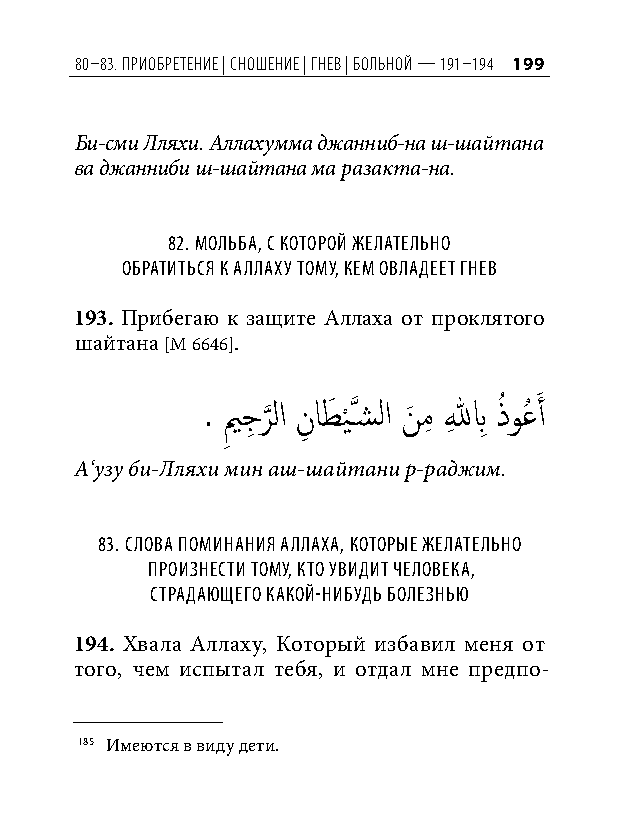
80–83. Приобретение | сношение | гнев | больной — 191–194 199
 Би-сми Лляхи. Аллахумма джанниб-на ш-шайтана
 ва джанниби ш-шайтана ма разакта-на.
 82. мольба, С которой желательно
 обратитьСя к аллаху тому, кем овладеет гнев
 193. Прибегаю к защите Аллаха от проклятого
 шайтана [М 6646].185
 . يم
 ِ
 جِ ر
 َّذ
 لا نِ اطَ ي
 ْ
 َّذسشلا نَ مِ للهِ بِ ذُ وعُ َ أ
 А‘узу би-Лляхи мин аш-шайтани р-раджим.
 83. Слова поминания аллаха, которые желательно
 произнеСти тому, кто увидит человека,
 Страдающего какой-нибудь болезнью
 194. Хвала Аллаху, Который избавил меня от
 того, чем испытал тебя, и отдал мне предпо-
 185 Имеются в виду дети.